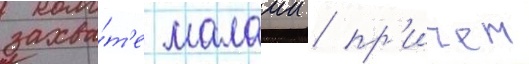
захва́т'е малаии / пр'ичем